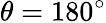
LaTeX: \theta=180^{\circ}